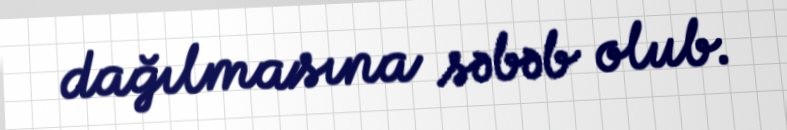
dağılmasına səbəb olub.